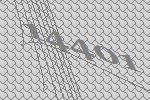
14401